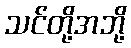
သင်တို့အဘို့